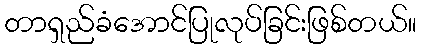
တာရှည်ခံအောင်ပြုလုပ်ခြင်းဖြစ်တယ်။